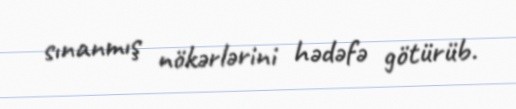
sınanmış nökərlərini hədəfə götürüb.